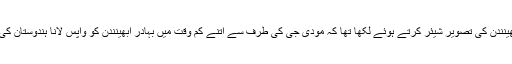
اوم پرکاش شرما نے ابھینندن کی تصویر شیئر کرتے ہوئے لکھا تھا کہ مودی جی کی طرف سے اتنے کم وقت میں بہادر ابھینندن کو واپس لانا ہندوستان کی اسٹریٹیجیکل جیت ہے۔